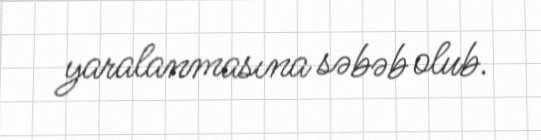
yaralanmasına səbəb olub.